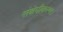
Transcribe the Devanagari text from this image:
संक्षेपीकरण।